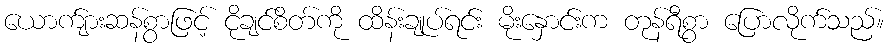
ယောက်ျားဆန်စွာဖြင့် ငိုချင်စိတ်ကို ထိန်းချုပ်ရင်း မိုးနှောင်းက တုန်ရီစွာ ပြောလိုက်သည်။